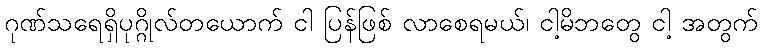
ဂုဏ်သရေရှိပုဂ္ဂိုလ်တယောက် ငါ ပြန်ဖြစ် လာစေရမယ်၊ ငါ့မိဘတွေ ငါ့ အတွက်